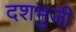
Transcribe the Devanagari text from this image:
दशभुजी